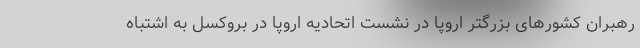
رهبران کشورهای بزرگتر اروپا در نشست اتحادیه اروپا در بروکسل به اشتباه